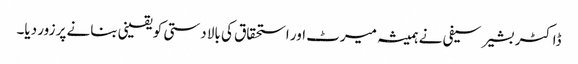
ڈاکٹر بشیر سیفی نے ہمیشہ میرٹ اور استحقاق کی بالا دستی کو یقینی بنانے پر زور دیا۔